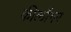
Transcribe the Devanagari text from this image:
कीलॉगर